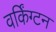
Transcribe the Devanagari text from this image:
वर्किंग्टन